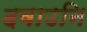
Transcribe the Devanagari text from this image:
दवाउनि